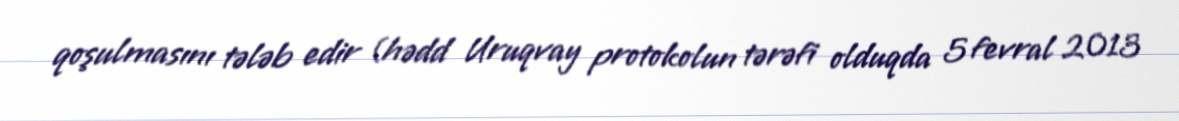
qoşulmasını tələb edir (hədd Uruqvay protokolun tərəfi olduqda 5 fevral 2013